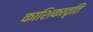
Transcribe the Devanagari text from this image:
काशिकावृति